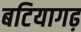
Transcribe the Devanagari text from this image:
बटियागढ़